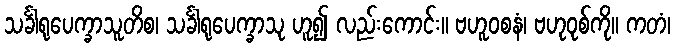
သင်္ခါရုပေက္ခာသူတိစ၊ သင်္ခါရုပေက္ခာသု ဟူ၍ လည်းကောင်း။ ဗဟူဝစနံ၊ ဗဟုဝုစ်ကို။ ကတံ၊